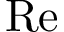
\mathrm { R e }